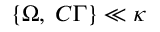
\left\{ \Omega , \; C \Gamma \right\} \ll \kappa